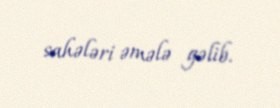
sahələri əmələ gəlib.